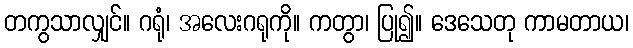
တကွသာလျှင်။ ဂရုံ၊ အလေးဂရုကို။ ကတွာ၊ ပြု၍။ ဒေသေတု ကာမတာယ၊